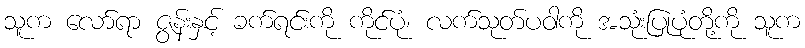
သူက လော်ရာ ဇွန်းနှင့် ခက်ရင်းကို ကိုင်ပုံ၊ လက်သုတ်ပဝါကို အသုံးပြုပုံတို့ကို သူက